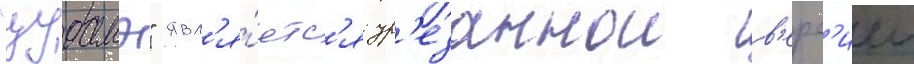
"цубамэ" явл'я́етс'я ур'езаннои в'ерс'иеи